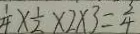
\frac { 1 } { 4 } \times \frac { 1 } { 2 } \times 2 \times 3 = \frac { 3 } { 4 }